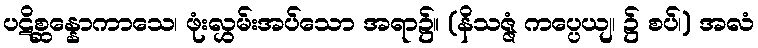
ပဋိစ္ဆန္နောကာသေ၊ ဖုံးလွှမ်းအပ်သော အရာ၌။ (နိသဇ္ဇံ ကပ္ပေယျ၊ ၌ စပ်၊) အလံ